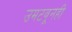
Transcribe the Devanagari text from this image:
उमटवूनही